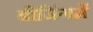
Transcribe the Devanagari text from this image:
बीजिंगमें